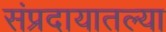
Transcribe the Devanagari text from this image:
संप्रदायातल्या